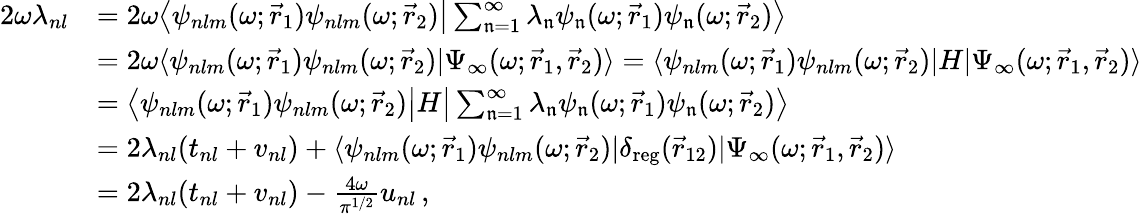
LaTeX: \begin{array}{rl}{2\omega\lambda_{nl}}&{=2\omega\bigl\langle\psi_{nlm}(\omega;\vec{r}_{1})\psi_{nlm}(\omega;\vec{r}_{2})\big|\sum_{\mathfrak{n}=1}^{\infty}\lambda_{\mathfrak{n}}\psi_{\mathfrak{n}}(\omega;\vec{r}_{1})\psi_{\mathfrak{n}}(\omega;\vec{r}_{2})\bigr\rangle}\\ &{=2\omega\langle\psi_{nlm}(\omega;\vec{r}_{1})\psi_{nlm}(\omega;\vec{r}_{2})|\Psi_{\infty}(\omega;\vec{r}_{1},\vec{r}_{2})\rangle=\langle\psi_{nlm}(\omega;\vec{r}_{1})\psi_{nlm}(\omega;\vec{r}_{2})|H|\Psi_{\infty}(\omega;\vec{r}_{1},\vec{r}_{2})\rangle}\\ &{=\bigl\langle\psi_{nlm}(\omega;\vec{r}_{1})\psi_{nlm}(\omega;\vec{r}_{2})\big|H\big|\sum_{\mathfrak{n}=1}^{\infty}\lambda_{\mathfrak{n}}\psi_{\mathfrak{n}}(\omega;\vec{r}_{1})\psi_{\mathfrak{n}}(\omega;\vec{r}_{2})\bigr\rangle}\\ &{=2\lambda_{nl}(t_{nl}+v_{nl})+\langle\psi_{nlm}(\omega;\vec{r}_{1})\psi_{nlm}(\omega;\vec{r}_{2})|\delta_{\mathrm{{reg}}}(\vec{r}_{12})|\Psi_{\infty}(\omega;\vec{r}_{1},\vec{r}_{2})\rangle}\\ &{=2\lambda_{nl}(t_{nl}+v_{nl})-\frac{4\omega}{\pi^{1/2}}u_{nl}\, ,}\end{array}